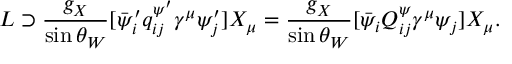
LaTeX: { \cal L } \supset \frac { g _ { X } } { \sin \theta _ { W } } [ \bar { \psi } _ { i } ^ { \prime } q _ { i j } ^ { \psi ^ { \prime } } \gamma ^ { \mu } \psi _ { j } ^ { \prime } ] X _ { \mu } = \frac { g _ { X } } { \sin \theta _ { W } } [ \bar { \psi } _ { i } Q _ { i j } ^ { \psi } \gamma ^ { \mu } \psi _ { j } ] X _ { \mu } .